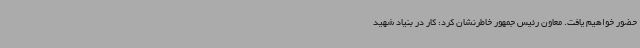
حضور خواهیم یافت. معاون رئیس جمهور خاطرنشان کرد: کار در بنیاد شهید